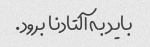
باید به آلتادنا برود.